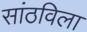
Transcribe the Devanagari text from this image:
सांठविला